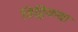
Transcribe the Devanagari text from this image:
विट्ठिकथा